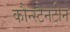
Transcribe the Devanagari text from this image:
कौन्स्टैनटीन